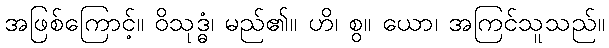
အဖြစ်ကြောင့်။ ဝိသုဒ္ဓံ၊ မည်၏။ ဟိ၊ စွ။ ယော၊ အကြင်သူသည်။